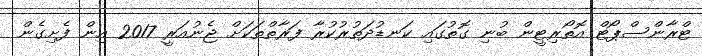
ޓްރާންސްޕޯޓް އޮތޯރިޓީން ބުނި ގޮތުގައި ކަނޑުދަތުރުކުރާ ފަރާތްތަކަށް ޖެނުއަރީ 2017 އިން ފެށިގެން